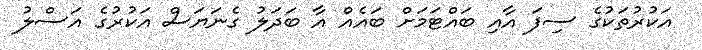
އަކުރުތަކުގެ ސިފަ އާއި ބައްޓަމަށް ބައެއް އާ ބަދަލު ގެނަޔަސް އަކުރުގެ އަސްލު